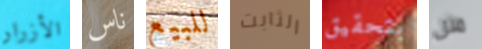
الأزرار ناس للبيع الثابت بتحقيق مثل